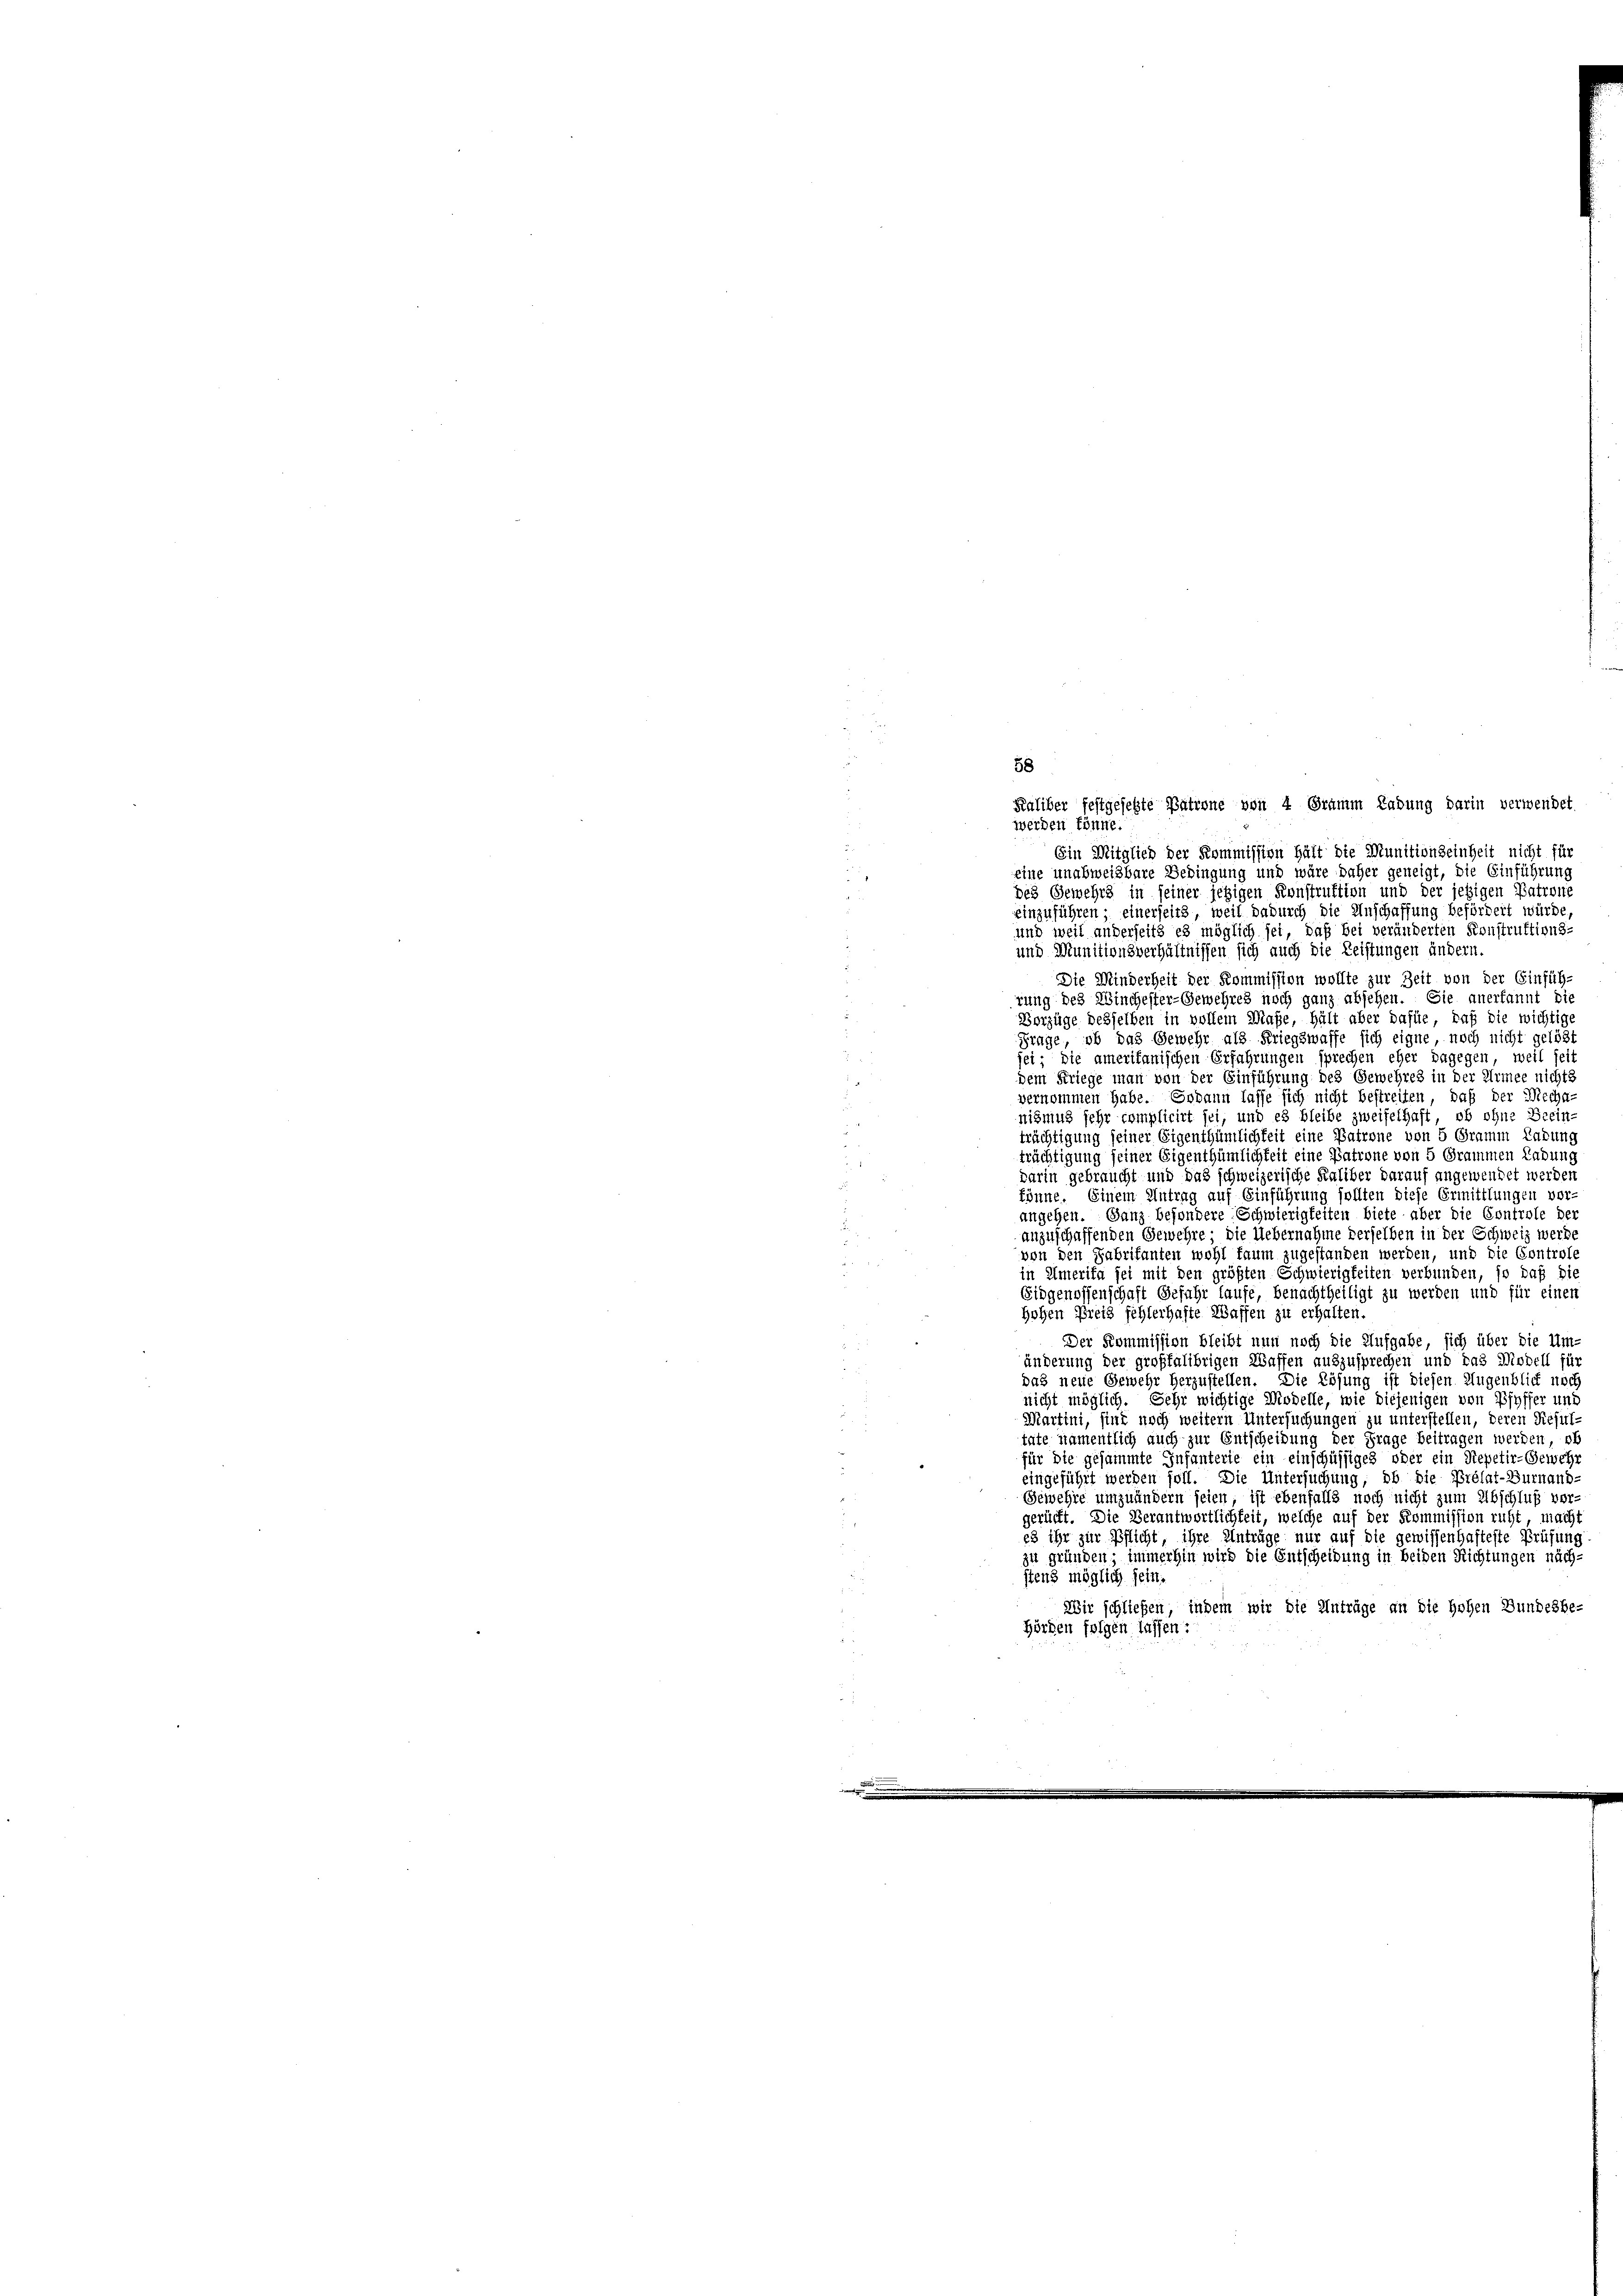
Kaliber festgesetzte Patrone von 4 Gramm Ladung darin verwendet
werden könne.
Ein Mitglied der Kommission hält die Munitionseinheit nicht für
eine unabweisbare Bedingung und wäre daher geneigt, die Einführung
des Gewehrs in seiner jetzigen Konstruktion und der jetzigen Patrone
einzuführen; einerseits, weil dadurch die Anschaffung befördert würde,
und weil anderseits es möglich sei, daß bei veränderten Konstruktions-
und Munitionsverhältnissen sich auch die Leistungen andern
Die Minderheit der Kommission wollte zur Zeit von der Einfüh-
rung des Winchester-Gewehres noch ganz absehen. Sie anerkannt die
Vorzüge desselben in vollem Maße, hält aber dafür, daß die wichtig
Frage, ob das Gewehr als Kriegswaffe sich eigne, noch nicht gelöst
sei; die amerikanischen Erfahrungen sprechen eher dagegen, weil seit
dem Kriege man von der Einführung des Gewehres in der Armee nichts
vernommen habe. Sodann lasse sich nicht bestreiten, daß der Mecha-
nismus sehr complicirt sei, und es bleibe zweifelhaft, ob ohne Beein-
trächtigung seiner Eigenthümlichkeit eine Patrone von 5 Gramm Ladung
trächtigung seiner Eigenthümlichkeit eine Patrone von 5 Grammen Ladung
darin gebraucht und das schweizerische Kaliber darauf angewendet werden
könne. Einem Antrag auf Einführung sollten diese Ermittlungen vor-
angehen. Ganz besondere Schwierigkeiten biete aber die Controle der
anzuschaffenden Gewehre, die Uebernahme derselben in der Schweiz werde
¬
von den Fabrikanten wohl faum zugestanden werden, und die Controle
 4 x
in Amerika sei mit den größten Schwierigkeiten verbunden, so daß die
Eidgenossenschaft Gefahr laufe, benachtheiligt zu werden und für einen
Hohen Preis fehlerhafte Waffen zu erhalten.
Der Kommission bleibt nun noch die Aufgabe, sich über die Um-
änderung der großfalibrigen Waffen auszusprechen und das Modell für
.
das neue Gewehr herzustellen. Die Lösung ist diesen Augenblick noch
nicht möglich. Sehr wichtige Modelle, wie diejenigen von Pfyffer und
Martini, sind noch weitern Untersuchungen zu unterstellen, deren Resultate namentlich auch zur Entscheidung der Frage beitragen werden, ob
für die gesammte Infanterie ein einschüssiges oder ein Stepetir-Gewehr
eingeführt werden soll. Die Untersuchung, ob die Prélat-Surnand-

Gewehre umzuändern seien ist ebenfalls noch nicht zum Abschluß vor-
gerückt. Die Verantwortlichkeit, welche auf der Kommission ruht, macht
es ihr zur Pflicht, ihre Anträge nur auf die gewissenhafteste Prüfung
zu gründen; immerhin wird die Entscheidung in beiden Richtungen näch-
stens möglich sein.
Wir schließen, indem wir die Anträge an die Hohen Bundesbe-
Hörden folgen lassen:

58